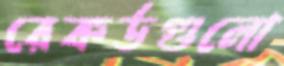
রেকর্ডগুলো